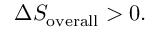
\Delta S _ { \mathrm { o v e r a l l } } > 0 .